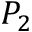
P _ { 2 }